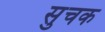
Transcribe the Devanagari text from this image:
सुचक